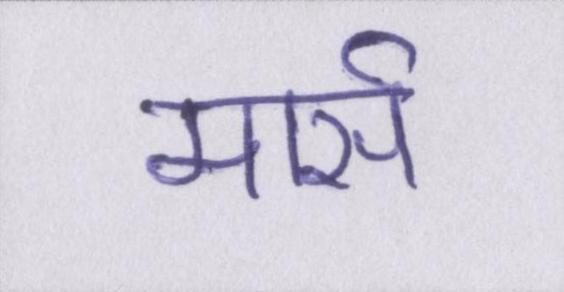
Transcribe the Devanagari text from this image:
मार्स